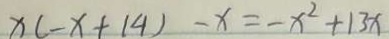
x ( - x + 1 4 ) - x = - x ^ { 2 } + 1 3 x